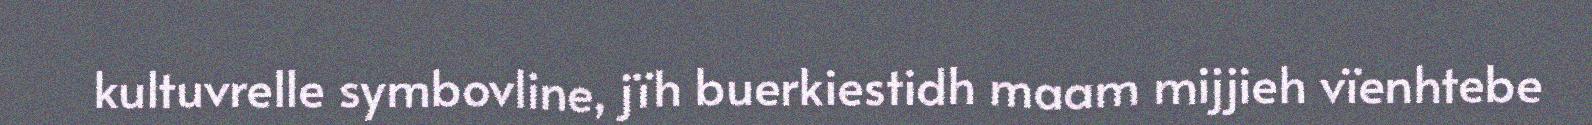
kultuvrelle symbovline, jïh buerkiestidh maam mijjieh vïenhtebe